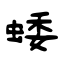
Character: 蜲